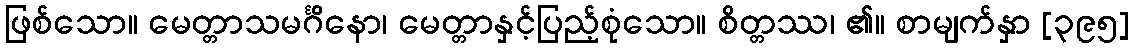
ဖြစ်သော။ မေတ္တာသမင်္ဂိနော၊ မေတ္တာနှင့်ပြည့်စုံသော။ စိတ္တဿ၊ ၏။ စာမျက်နှာ [၃၉၅]